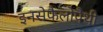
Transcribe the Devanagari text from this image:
इनसेफैलोपैथी